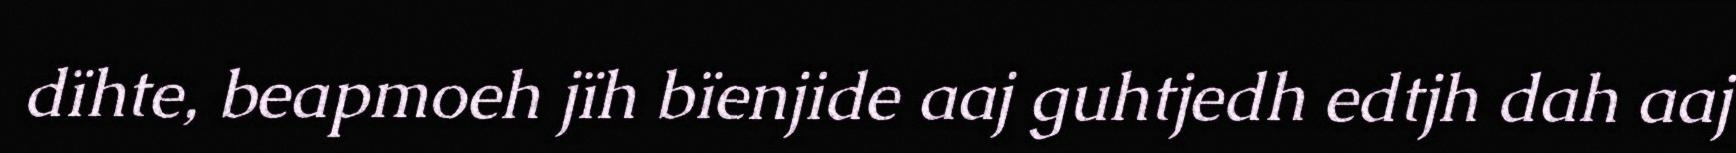
dïhte, beapmoeh jïh bïenjide aaj guhtjedh edtjh dah aaj